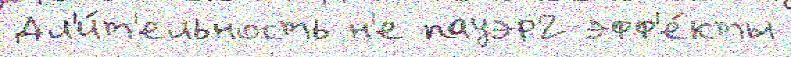
Дл'и́т'ельность н'е пауэр2 эфф'е́кты